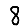
Digit: 8